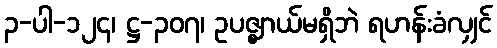
၃-ပါ-၁၂၄၊ ဋ္ဌ-၃၀၇၊ ဥပဇ္ဈာယ်မရှိဘဲ ရဟန်းခံလျှင်